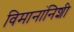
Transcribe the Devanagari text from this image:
विमानांनिशी